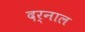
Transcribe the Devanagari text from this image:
दर्नाल